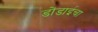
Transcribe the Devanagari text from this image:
डोंडाईचा